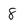
Character: 8